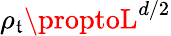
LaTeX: \rho_{\mathfrak{t}}\proptoL^{d/2}